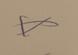
Signature authenticity: forged